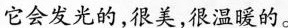
它会发光的,很美，很温暖的。